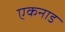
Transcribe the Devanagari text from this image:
एकनाड